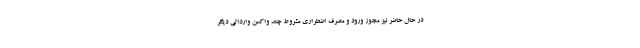
در حال حاضر نیز مجوز ورود و مصرف اضطراری مشروط چند واکسن وارداتی دیگر